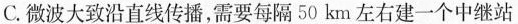
C.微波大致沿直线传播，需要每隔50km左右建一个中继站